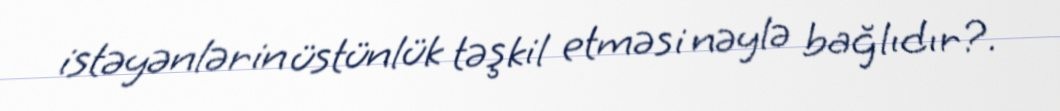
istəyənlərin üstünlük təşkil etməsi nəylə bağlıdır?.